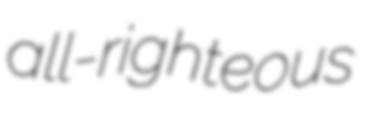
all-righteous